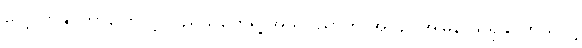
လေ့လာနိုင်တာကြောင့် ပြည်သူတွေရဲ့ အသိပညာက အလျင်အမြန် သိရှိနိုင်တယ်လို့